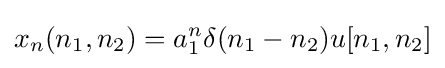
x_{n}(n_{1},n_{2})=a_{1}^{n}\delta (n_{1}-n_{2})u[n_{1},n_{2}]